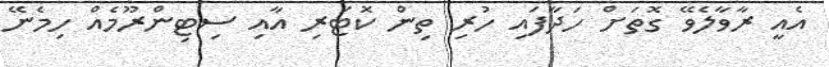
އެއީ ރާވާލެވޭ ގޮތަށް ހަދާފައި ހުރި ތިން ކޮޓަރި އާއި ސިޓިންރޫމެއް ހިމެނޭ